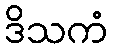
ဒိသကံ